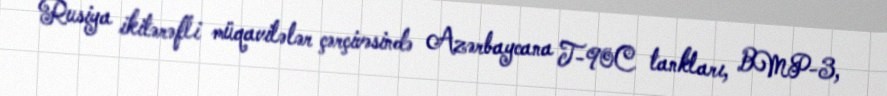
Rusiya ikitərəfli müqavilələr çərçivəsində Azərbaycana T-90C tankları, BMP-3,